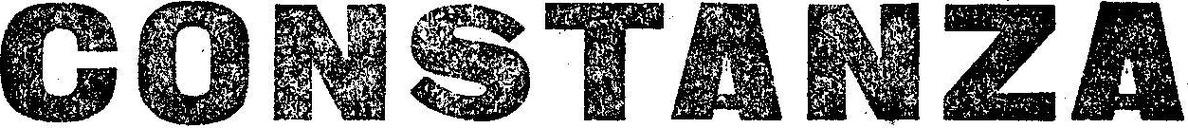
CONSTANZA